Scottish Leaving Certificate Examination, 1960
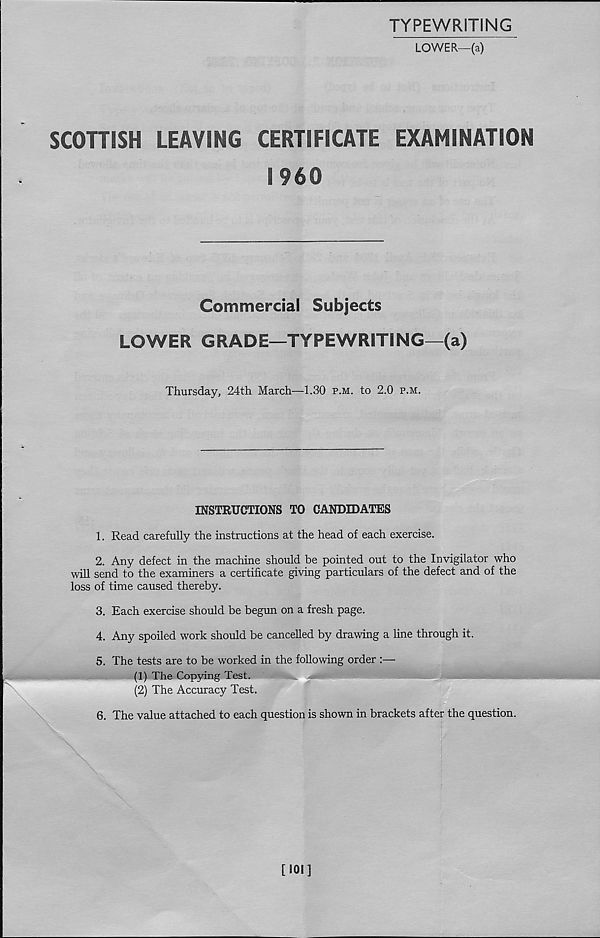
TYPEWRITING
LOWER—(a)
SCOTTISH
LEAVING
CERTIFICATE
EXAMINATION
I960
Commercial Subjects
LOWER GRADE—TYPEWRITING—(a)
Thursday, 24th March—1.30 p.m. to 2.0 p.m.
INSTRUCTIONS TO CANDIDATES
1. Read carefully the instructions at the head of each exercise.
2. Any defect in the machine should be pointed out to the Invigilator who
will send to the examiners a certificate giving particulars of the defect and of the
loss of time caused thereby.
3. Each exercise should be begun on a fresh page.
4. Any spoiled work should be cancelled by drawing a line through it.
5. The tests are to be worked in the following order :—
(1) The Copying Test.
(2) The Accuracy Test.
6. The value attached to each question is shown in brackets after the question.
[501]